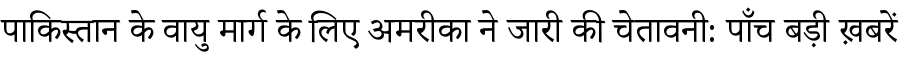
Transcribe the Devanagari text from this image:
पाकिस्तान के वायु मार्ग के लिए अमरीका ने जारी की चेतावनी: पाँच बड़ी ख़बरें